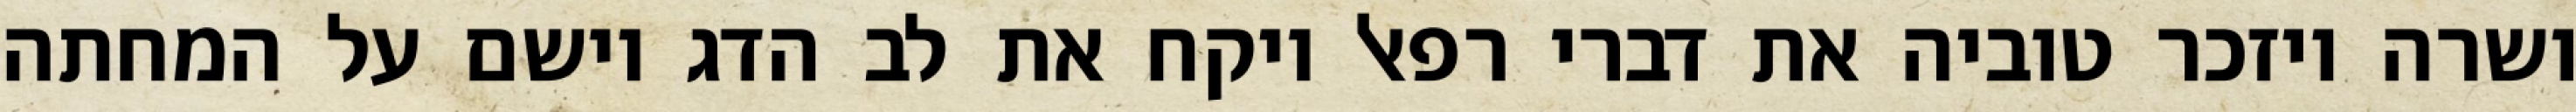
ושרה ויזכר טוביה את דברי רפאל ויקח את לב הדג וישם על המחתה